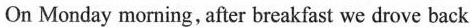
On Monday morning, after breakfast we drove back